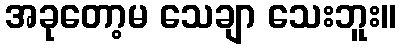
အခုတော့မ သေချာ သေးဘူး။